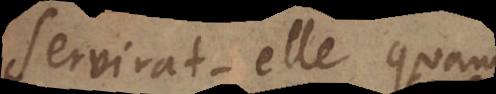
servira‐t‐elle qua